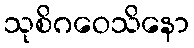
သုစိဂဝေသိနော